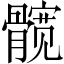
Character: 髋